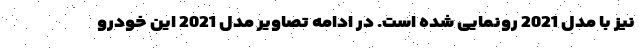
نیز با مدل 2021 رونمایی شده است. در ادامه تصاویر مدل 2021 این خودرو